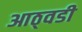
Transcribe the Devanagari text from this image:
आठ्वडी